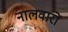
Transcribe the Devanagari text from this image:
नालवारों